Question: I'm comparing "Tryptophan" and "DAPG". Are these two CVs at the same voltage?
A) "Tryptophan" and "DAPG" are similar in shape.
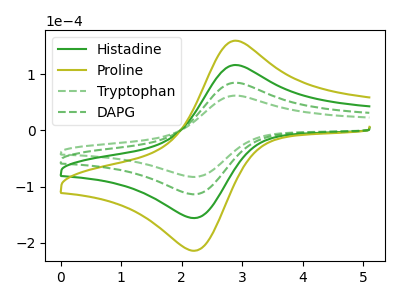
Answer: <think>The green curve "Histadine" has an anodic peak at (2.90V, 169.35uA) and a cathodic peak at (2.15V, -227.25uA). The olive curve "Proline" has an anodic peak at (2.90V, 254.05uA) and a cathodic peak at (2.15V, -340.85uA). The green dashed curve "Tryptophan" has an anodic peak at (2.90V, 61.70uA) and a cathodic peak at (2.15V, -82.80uA). The green dashed curve "DAPG" has an anodic peak at (2.90V, 84.70uA) and a cathodic peak at (2.15V, -113.60uA).
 All the peaks in "Tryptophan" have a peak in "DAPG" at the same potential. Every peak in "Tryptophan" is lower than every peak in "DAPG".</think>
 <answer>A) "Tryptophan" and "DAPG" are similar in shape.</answer>
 <eval>A</eval>